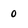
Character: 0